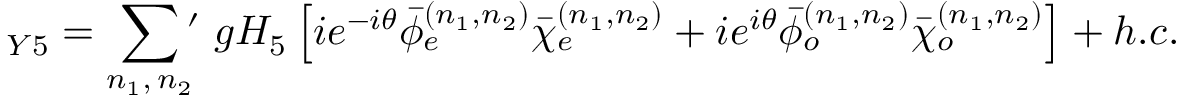
{ \L _ { Y 5 } } = \sum _ { n _ { 1 } , \, n _ { 2 } } \, \! \! \! ^ { \prime } \ g H _ { 5 } \left[ i e ^ { - i \theta } { \bar { \phi } } _ { e } ^ { ( n _ { 1 } , n _ { 2 } ) } { \bar { \chi } } _ { e } ^ { ( n _ { 1 } , n _ { 2 } ) } + i e ^ { i \theta } { \bar { \phi } } _ { o } ^ { ( n _ { 1 } , n _ { 2 } ) } { \bar { \chi } } _ { o } ^ { ( n _ { 1 } , n _ { 2 } ) } \right] + h . c .